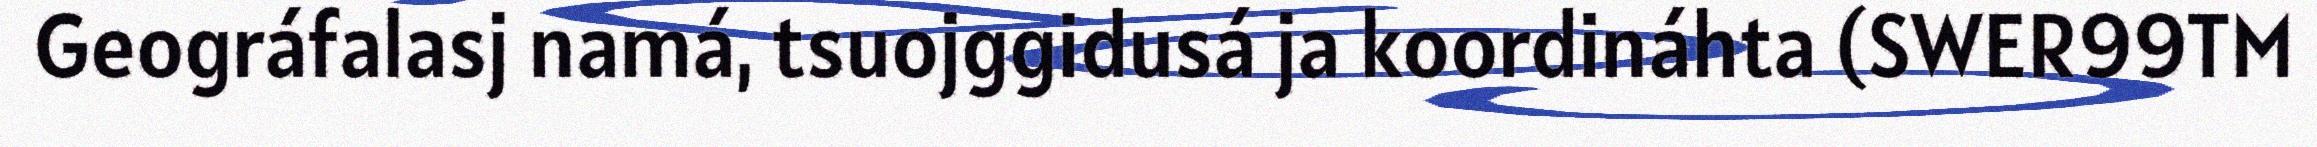
Geográfalasj namá, tsuojggidusá ja koordináhta (SWER99TM